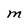
Character: M